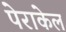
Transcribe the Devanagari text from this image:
पेराकेल